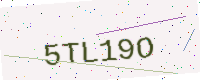
Text: 5TL19O